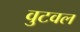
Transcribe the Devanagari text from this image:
वुटवल